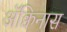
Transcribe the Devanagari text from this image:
ॲक्विनास